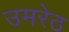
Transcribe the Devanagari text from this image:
उमरेठ